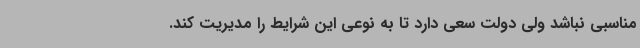
مناسبی نباشد ولی دولت سعی دارد تا به نوعی این شرایط را مدیریت کند.